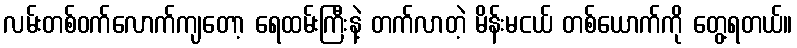
လမ်းတစ်ဝက်လောက်ကျတော့ ရေထမ်းကြီးနဲ့ တက်လာတဲ့ မိန်းမငယ် တစ်ယောက်ကို တွေ့ရတယ်။